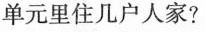
单元里住几户人家?